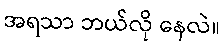
အရသာ ဘယ်လို နေလဲ။